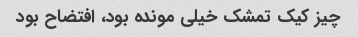
چیز کیک تمشک خیلی مونده بود، افتضاح بود